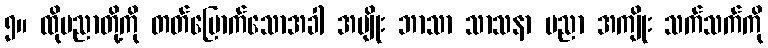
၅။ ထိုပညာတို့ကို တတ်မြောက်သောအခါ အမျိုး ဘာသာ သာသနာ ပညာ အကျိုး သက်သက်ကို